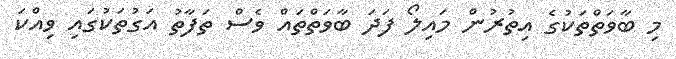
މި ބާވަތްތަކުގެ އިތުރުން މައިލޯ ފަދަ ބާވަތްތައް ވެސް ތަފާތު އަގުތަކުގައި ވިއްކަ